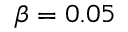
\beta = 0 . 0 5